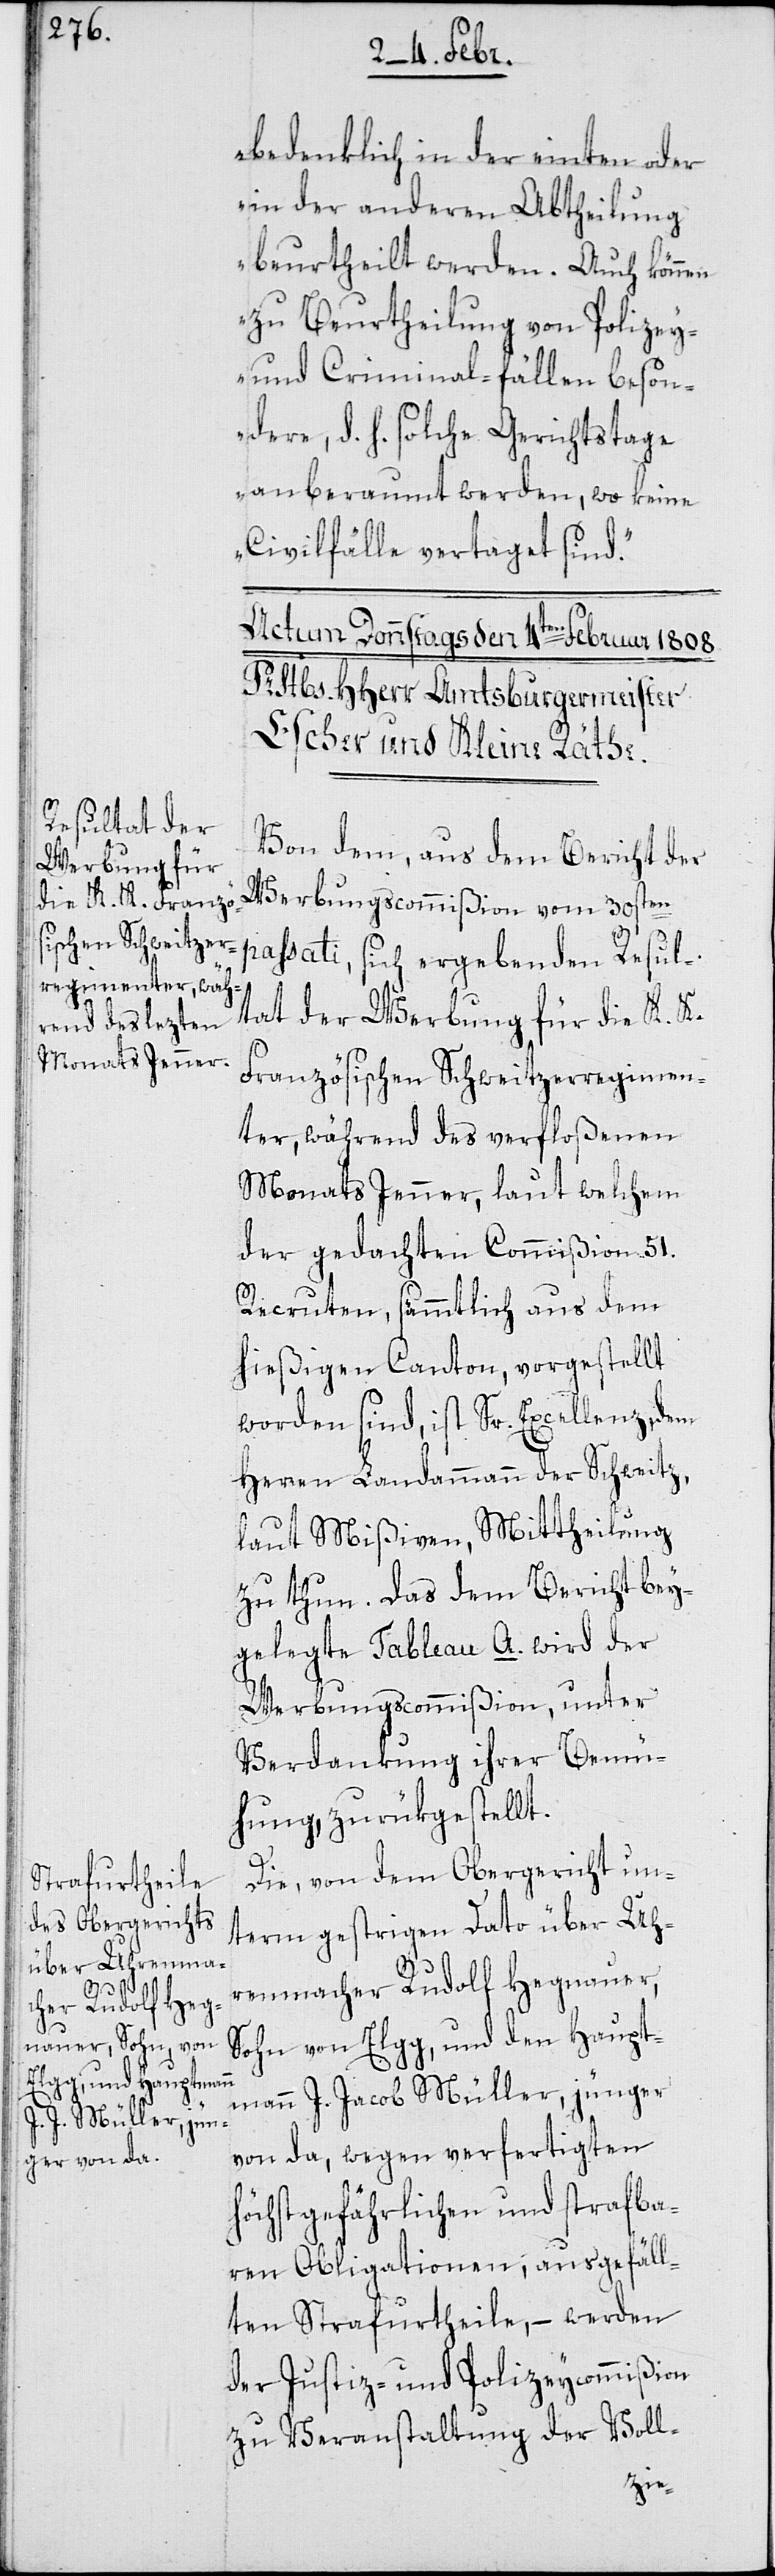
bedenklich in der einten oder
in der anderen Abtheilung
beurtheilt werden. Auch können
zu Beurtheilung von Polizey-
und Criminal-Fällen beson¬
dere, d. h. solche Gerichtstage
anberaumt werden, wo keine
Civilfälle vertaget sind.“
Von dem, aus dem Bericht der
Werbungscommißion vom 30sten
passati, sich ergebenden Resul¬
tat der Werbung für die K. K.
Französischen Schweitzerregimen¬
ter, während des verfloßenen
Monats Jenner, laut welchem
der gedachten Commißion 51.
Recruten, sämmtlich aus dem
hießigen Canton, vorgestellt
worden sind, ist Sr. Excellenz, dem
Herren Landammann der Schweitz,
laut Mißiven, Mittheilung
zu thun. Das dem Bericht bey¬
gelegte Tableau A. wird der
Werbungscommißion, unter
Verdankung ihrer Bemü¬
hung, zurükgestellt.
Die, von dem Obergericht un¬
term gestrigen Dato über Uh¬
renmacher Rudolf Hegnauer,
Sohn von Elgg, und dem Haupt¬
mann J. Jacob Müller, jünger
von da, wegen verfertigten
höchst gefährlichen und strafba¬
ren Obligationen, ausgefäll¬
ten Strafurtheile, – werden
der Justiz- und Polizeycommißion
zu Veranstaltung der Voll-